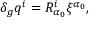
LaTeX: \delta _ { g } q ^ { i } = R _ { \alpha _ { 0 } } ^ { i } \xi ^ { \alpha _ { 0 } } ,